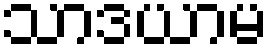
သာဒယာမ